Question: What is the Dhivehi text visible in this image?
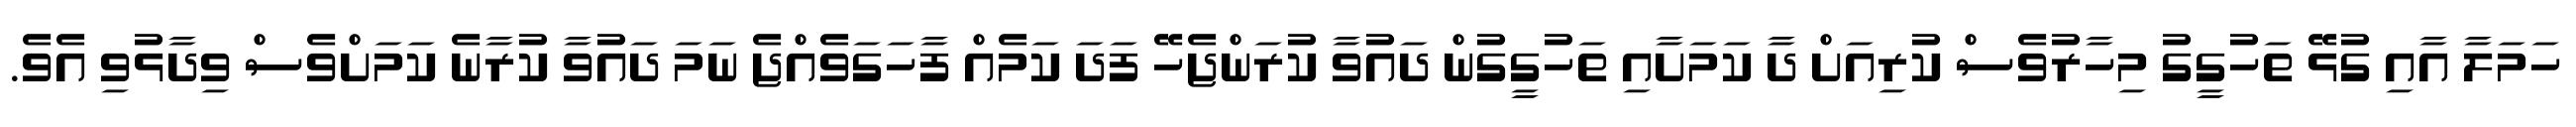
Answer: ހަމަލާ އާއި ގުޅޭ ތަހުގީގު މިހާރުވެސް ކުރިއަށް ދާ ކަމަށާއި ތަހުގީގުން ދައުވާ ކުރަންޖެހޭ ފަދަ ކަމެއް ފާހަގަވެއްޖެ ނަމަ ދައުވާ ކުރާނެ ކަމަށްވެސް ވިދާޅުވި އެވެ.